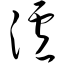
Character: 泸